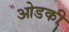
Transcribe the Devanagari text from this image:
ओडकी